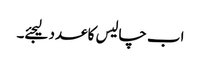
اب چالیس کا عدد لیجئے۔